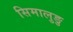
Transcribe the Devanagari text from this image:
सिमालुङु